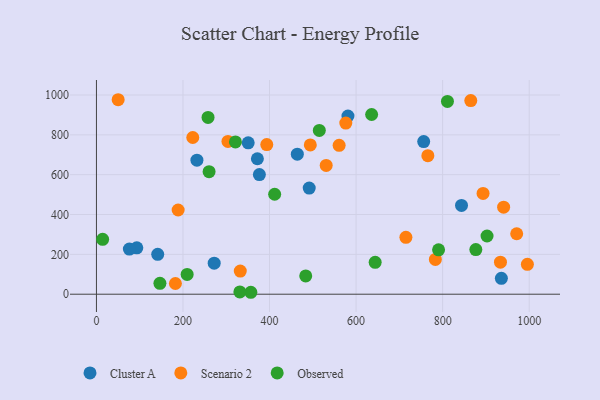
{"axis": {"x": "Engine Size", "y": "Profit"}, "legend": ["Cluster A", "Observed", "Scenario 2"], "data": [{"x": "491.7", "y": 532.9, "type": "Cluster A"}, {"x": "581.2", "y": 894.7, "type": "Cluster A"}, {"x": "232.2", "y": 672.6, "type": "Cluster A"}, {"x": "464.2", "y": 702.9, "type": "Cluster A"}, {"x": "756.2", "y": 766.2, "type": "Cluster A"}, {"x": "843.6", "y": 445.6, "type": "Cluster A"}, {"x": "350.7", "y": 759.7, "type": "Cluster A"}, {"x": "935.7", "y": 79.6, "type": "Cluster A"}, {"x": "371.9", "y": 680.0, "type": "Cluster A"}, {"x": "141.6", "y": 200.1, "type": "Cluster A"}, {"x": "376.5", "y": 600.8, "type": "Cluster A"}, {"x": "93.3", "y": 232.8, "type": "Cluster A"}, {"x": "76.1", "y": 226.6, "type": "Cluster A"}, {"x": "272.1", "y": 155.6, "type": "Cluster A"}, {"x": "715.1", "y": 285.6, "type": "Scenario 2"}, {"x": "933.6", "y": 161.0, "type": "Scenario 2"}, {"x": "865.0", "y": 972.1, "type": "Scenario 2"}, {"x": "576.2", "y": 859.2, "type": "Scenario 2"}, {"x": "50.2", "y": 976.3, "type": "Scenario 2"}, {"x": "182.5", "y": 53.8, "type": "Scenario 2"}, {"x": "494.2", "y": 749.4, "type": "Scenario 2"}, {"x": "303.9", "y": 767.1, "type": "Scenario 2"}, {"x": "393.6", "y": 751.0, "type": "Scenario 2"}, {"x": "188.8", "y": 422.8, "type": "Scenario 2"}, {"x": "995.8", "y": 149.9, "type": "Scenario 2"}, {"x": "893.4", "y": 505.8, "type": "Scenario 2"}, {"x": "940.9", "y": 437.1, "type": "Scenario 2"}, {"x": "560.8", "y": 747.2, "type": "Scenario 2"}, {"x": "332.4", "y": 116.1, "type": "Scenario 2"}, {"x": "222.6", "y": 786.6, "type": "Scenario 2"}, {"x": "783.2", "y": 174.8, "type": "Scenario 2"}, {"x": "765.8", "y": 695.4, "type": "Scenario 2"}, {"x": "971.1", "y": 303.6, "type": "Scenario 2"}, {"x": "530.9", "y": 646.5, "type": "Scenario 2"}, {"x": "790.6", "y": 222.7, "type": "Observed"}, {"x": "356.8", "y": 9.7, "type": "Observed"}, {"x": "146.7", "y": 54.5, "type": "Observed"}, {"x": "411.8", "y": 501.7, "type": "Observed"}, {"x": "321.2", "y": 764.6, "type": "Observed"}, {"x": "515.0", "y": 822.3, "type": "Observed"}, {"x": "331.4", "y": 11.7, "type": "Observed"}, {"x": "260.3", "y": 615.0, "type": "Observed"}, {"x": "876.7", "y": 224.1, "type": "Observed"}, {"x": "483.6", "y": 91.9, "type": "Observed"}, {"x": "257.9", "y": 887.5, "type": "Observed"}, {"x": "635.9", "y": 902.2, "type": "Observed"}, {"x": "209.6", "y": 99.2, "type": "Observed"}, {"x": "811.1", "y": 967.8, "type": "Observed"}, {"x": "14.3", "y": 275.6, "type": "Observed"}, {"x": "644.1", "y": 160.2, "type": "Observed"}, {"x": "902.6", "y": 292.3, "type": "Observed"}]}